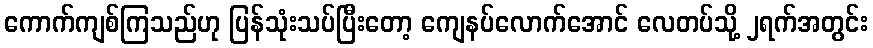
ကောက်ကျစ်ကြသည်ဟု ပြန်သုံးသပ်ပြီးတော့ ကျေနပ်လောက်အောင် လေတပ်သို့ ၂ရက်အတွင်း